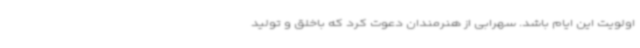
اولویت این ایام باشد. سهرابی از هنرمندان دعوت کرد که باخلق و تولید